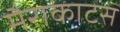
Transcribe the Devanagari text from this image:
मैराकाटस